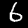
Label: 6